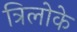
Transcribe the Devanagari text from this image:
त्रिलोके